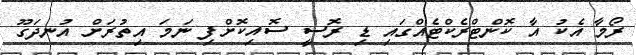
ރޯމާ އެކު އާ ކޮންޓްރެކްޓެއްގައި ޑި ރޮސީ ސޮއިކޮށްފި ނަމަ އިތުރަށް އުނދަގޫ